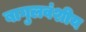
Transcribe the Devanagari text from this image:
बागुलवंशीय